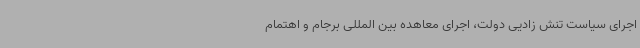
اجرای سیاست تنش زادیی دولت، اجرای معاهده بین المللی برجام و اهتمام